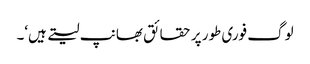
لوگ فوری طور پر حقائق بھانپ لیتے ہیں‘۔